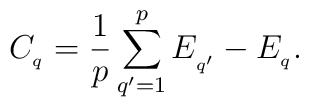
C_{_{q}}=\frac{1}{p}\sum_{q^{\prime}=1}^{p}E_{_{q^{\prime}}}-E_{_{q}}.